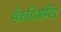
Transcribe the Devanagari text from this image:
मैकडिअर्मिड